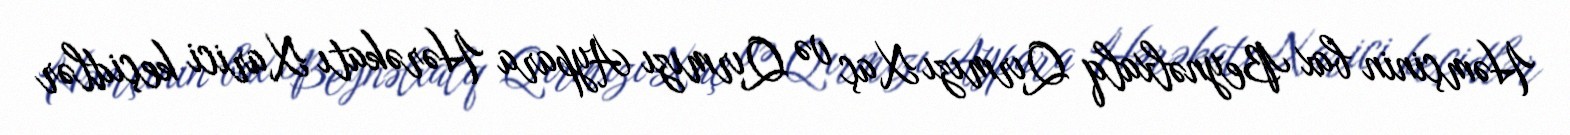
Həmçinin bax Beynəlxalq Qırmızı Xaç və Qırmızı Aypara Hərəkatı Xarici keçidlər